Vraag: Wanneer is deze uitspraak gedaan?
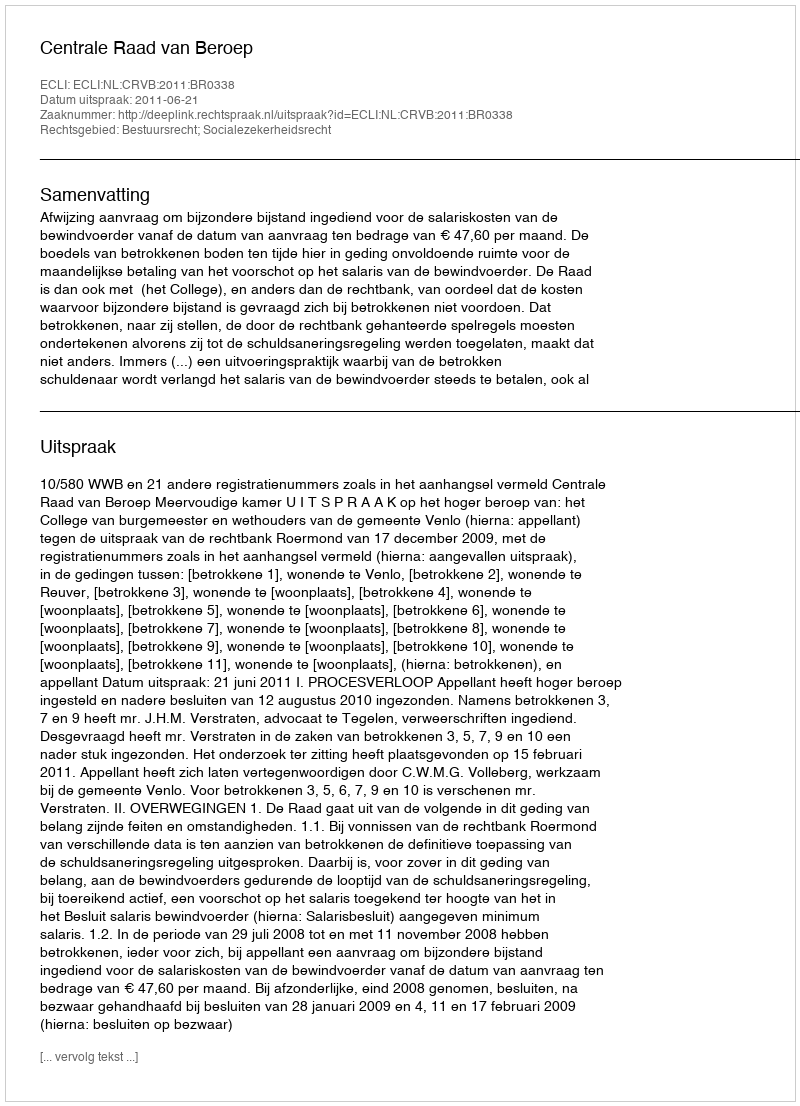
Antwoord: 2011-06-21